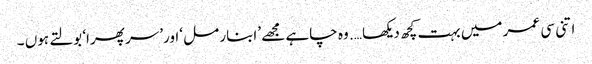
اتنی سی عمر میں بہت کچھ دیکھا …. وہ چاہے مجھے ’ابنار مل ‘اور’سر پھرا‘ بولتے ہوں ۔